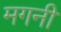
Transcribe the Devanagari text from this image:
मगनी